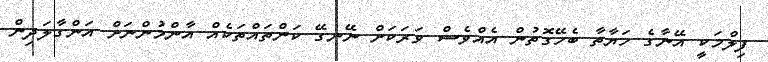
ފިލްމަކީ އޭނާގެ ހަޔާތާ ބެހޭގޮތުން އެއްވެސް ވަރަކަށް ނޭނގޭ ކަންތައްތަކެއް އާންމުންނަށް އަންގާލަދިން